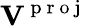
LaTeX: \mathbf{V}^{\mathrm{~p~r~o~j~}}